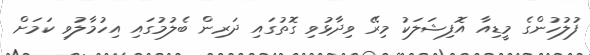
ފުލުހުންގެ މީޑިއާ އޮފިޝަލަކު މިރޭ ވިދާޅުވި ގޮތުގައި ދަރިން ބެލުމުގައި އިހުމާލުވި ކަމަށް